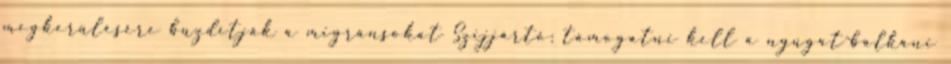
megkerülésére buzdítják a migránsokat Szijjártó: támogatni kell a nyugat-balkáni